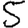
Digit: 5